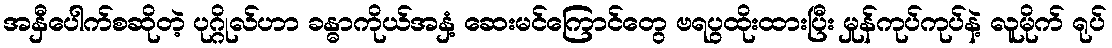
အနှီပေါက်စဆိုတဲ့ ပုဂ္ဂိုလ်ဟာ ခန္ဓာကိုယ်အနှံ့ ဆေးမင်ကြောင်တွေ ဗရပွထိုးထားပြီး မှုန်ကုပ်ကုပ်နဲ့ လူမိုက် ရုပ်